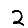
Digit: 2